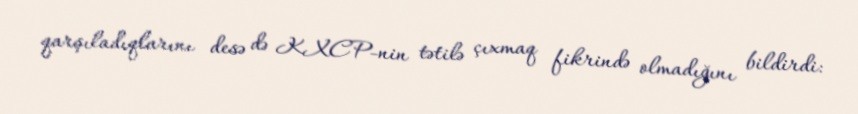
qarşıladıqlarını desə də KXCP-nin tətilə çıxmaq fikrində olmadığını bildirdi: